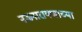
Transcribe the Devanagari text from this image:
नऊनारायणाच्या